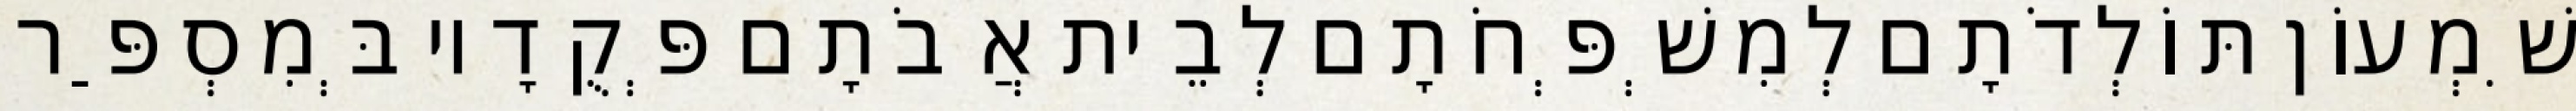
שִׁמְעוֹן תּוֹלְדֹתָם לְמִשְׁפְּחֹתָם לְבֵית אֲבֹתָם פְּקֻדָיו בְּמִסְפַּר